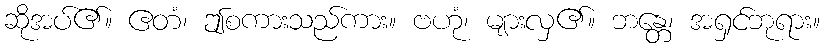
ဆိုအပ်၏။ ဧတံ၊ ဤစကားသည်ကား။ ဗဟုံ၊ များလှ၏။ ဘန္တေ၊ အရှင်ဘုရား။